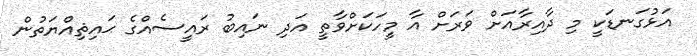
އަޅުގަނޑަކީ މި ދާއިރާއަށް ވަރަށް އާ މީހަކަށްވާތީ އަދި ނައިބު ރައީސެއްގެ ޙައިޘިއްޔަތުން